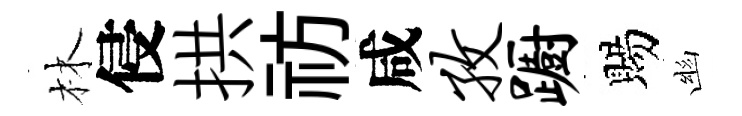
林侵拱祊咸孜蹰賜幽